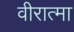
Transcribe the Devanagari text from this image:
वीरात्मा